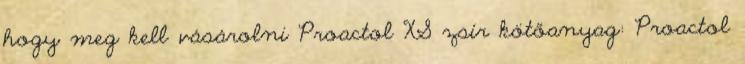
hogy meg kell vásárolni Proactol XS zsír kötőanyag: Proactol